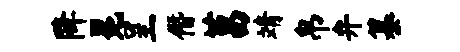
降冕呈僭莒靖帛弁纂